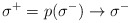
\begin{align*}\:\sigma^{+} = p(\sigma^{-}) \rightarrow \sigma^{-}\:\end{align*}